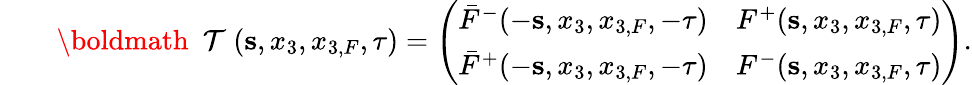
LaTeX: \begin{array}{rlr}&{}&{{{{\mathrm{\boldmath~{\cal~T}~}}}}({\mathbf s},x_{3},x_{3,F},\tau)=\left(\begin{array}{ll}{\bar{F}^{-}(-{\mathbf s},x_{3},x_{3,F},-\tau)}&{F^{+}({\mathbf s},x_{3},x_{3,F},\tau)}\\ {\bar{F}^{+}(-{\mathbf s},x_{3},x_{3,F},-\tau)}&{F^{-}({\mathbf s},x_{3},x_{3,F},\tau)}\end{array}\right).}\end{array}